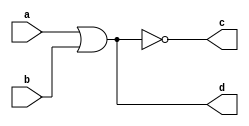
`timescale 1ns/1ns

module top_module( 
    input a, 
    input b, 
    output c,
    output d);
assign c=!(a|b);
assign d=a|b;
endmodule